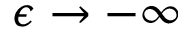
\epsilon \rightarrow - \infty